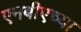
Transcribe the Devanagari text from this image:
एनबीएच्या